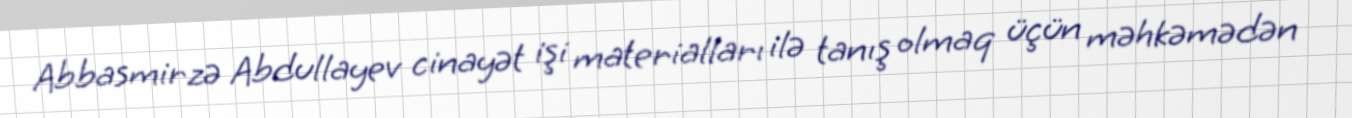
Abbasmirzə Abdullayev cinayət işi materialları ilə tanış olmaq üçün məhkəmədən